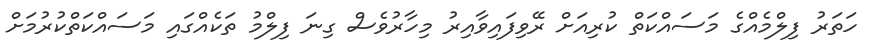
ހަތަރު ފިލްމެއްގެ މަސައްކަތް ކުރިއަށް ރޭވިފައިވާއިރު މިހާރުވެސް ގިނަ ފިލްމު ތަކެއްގައި މަސައްކަތްކުރުމަށް